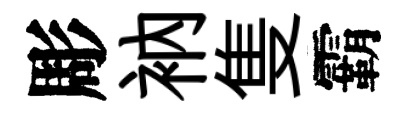
彫衲隻霸